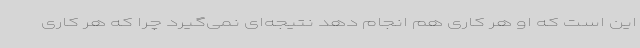
این است که او هر کاری هم انجام دهد نتیجه‌ای نمی‌گیرد چرا که هر کاری